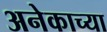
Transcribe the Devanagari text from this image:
अनेकाच्या